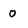
Character: o